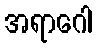
အရာဂေါ